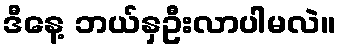
ဒီနေ့ ဘယ်နှဦးလာပါမလဲ။